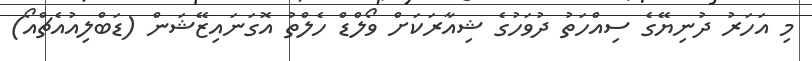
މި އަހަރު ދުނިޔޭގެ ސިއްހަތު ދުވަހުގެ ޝިއާރަކަށް ވޯލްޑް ހެލްތު އޮގަނައިޒޭޝަން (ޑަބްލިއުއެޗްއޯ)